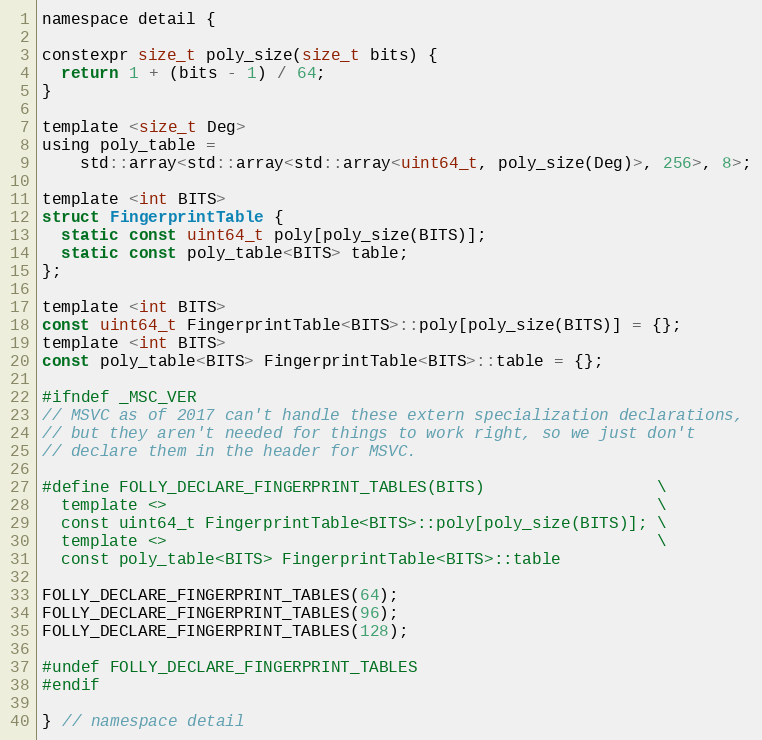
Language: C
namespace detail {

constexpr size_t poly_size(size_t bits) {
  return 1 + (bits - 1) / 64;
}

template <size_t Deg>
using poly_table =
    std::array<std::array<std::array<uint64_t, poly_size(Deg)>, 256>, 8>;

template <int BITS>
struct FingerprintTable {
  static const uint64_t poly[poly_size(BITS)];
  static const poly_table<BITS> table;
};

template <int BITS>
const uint64_t FingerprintTable<BITS>::poly[poly_size(BITS)] = {};
template <int BITS>
const poly_table<BITS> FingerprintTable<BITS>::table = {};

#ifndef _MSC_VER
// MSVC as of 2017 can't handle these extern specialization declarations,
// but they aren't needed for things to work right, so we just don't
// declare them in the header for MSVC.

#define FOLLY_DECLARE_FINGERPRINT_TABLES(BITS)                  \
  template <>                                                   \
  const uint64_t FingerprintTable<BITS>::poly[poly_size(BITS)]; \
  template <>                                                   \
  const poly_table<BITS> FingerprintTable<BITS>::table

FOLLY_DECLARE_FINGERPRINT_TABLES(64);
FOLLY_DECLARE_FINGERPRINT_TABLES(96);
FOLLY_DECLARE_FINGERPRINT_TABLES(128);

#undef FOLLY_DECLARE_FINGERPRINT_TABLES
#endif

} // namespace detail